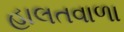
હાલતવાળા